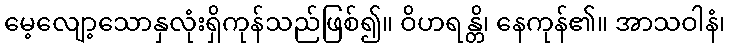
မေ့လျော့သောနှလုံးရှိကုန်သည်ဖြစ်၍။ ဝိဟရန္တိ၊ နေကုန်၏။ အာသဝါနံ၊